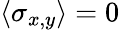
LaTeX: \langle\sigma_{x,y}\rangle=0